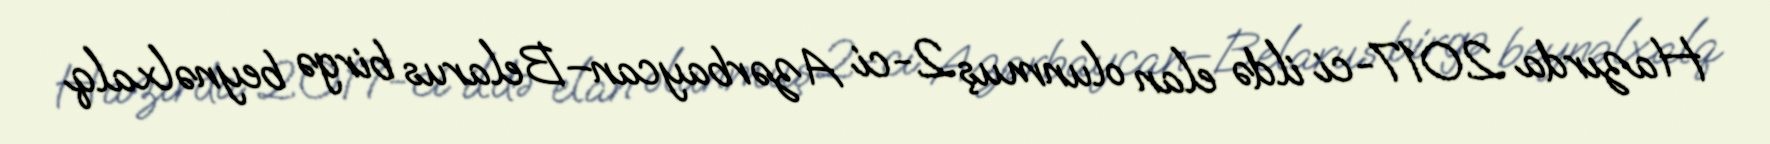
Hazırda 2017-ci ildə elan olunmuş 2-ci Azərbaycan–Belarus birgə beynəlxalq